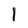
Character: I